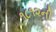
૧૮૧૨ની